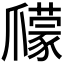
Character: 𤔽